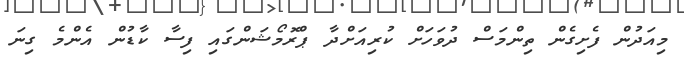
މިއަދުން ފެށިގެން ތިންމަސް ދުވަހަށް ކުރިއަށްދާ ޕްރޮމޯޝަންގައި ފިސާ ކާޑުން އެންމެ ގިނަ